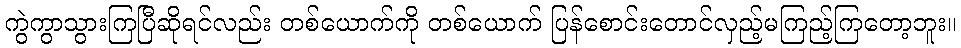
ကွဲကွာသွားကြပြီဆိုရင်လည်း တစ်ယောက်ကို တစ်ယောက် ပြန်စောင်းတောင်လှည့်မကြည့်ကြတော့ဘူး။